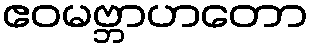
ဧဝမဗ္ဘာဟတော